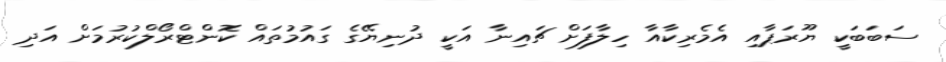
ސަބަބަކީ ޔޫރަޕާއި އެމެރިކާއާ ހިލާފަށް ޗައިނާ އަކީ ދުނިޔޭގެ ގައުމުތައް ކޮންޓްރޯލްކުރުމަށް އަދި